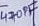
Text: 470PF